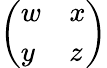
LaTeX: \left(\begin{array}{ll}{{w}}&{{x}}\\ {{y}}&{{z}}\end{array}\right)